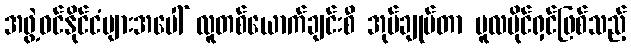
အဖွဲ့ဝင်နိုင်ငံများအပေါ် လူတစ်ယောက်ချင်းစီ အုပ်ချုပ်တာ မူလပိုင်ရှင်ဖြစ်သည့်